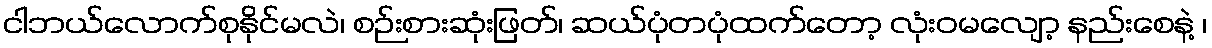
ငါဘယ်လောက်စုနိုင်မလဲ၊ စဉ်းစားဆုံးဖြတ်၊ ဆယ်ပုံတပုံထက်တော့ လုံးဝမလျော့ နည်းစေနဲ့ ၊